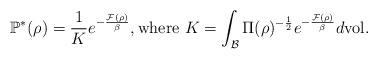
LaTeX: \begin{align*}\mathbb{P}^*(\rho)=\frac{1}{K}e^{-\frac{\mathcal{F}(\rho)}{\beta}},\textrm{where $K=\int_{\mathcal{B}}\Pi(\rho)^{-\frac{1}{2}}e^{-\frac{\mathcal{F}(\rho)}{\beta}}d\textrm{vol}$}.\end{align*}